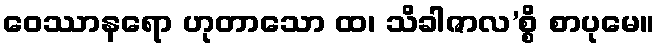
ဝေဿာနရော ဟုတာသော ထ၊ သိခါဇာလ’စ္စိ စာပုမေ။